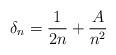
LaTeX: \begin{align*} \delta_n = \frac{1}{2n} + \frac{A}{n^2}\end{align*}